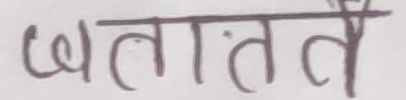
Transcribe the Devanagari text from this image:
ख्यालतर्ते